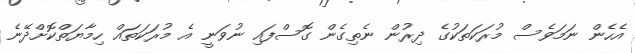
އެހެން ނަމަވެސް މުރަކަތަކުގެ ދިރުން ނެތިގެން ގޮސްފައި ނުވަނީ އެ މުރަކަތައް ހިމާޔަތްކޮށްދޭނެ